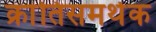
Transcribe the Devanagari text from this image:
क्रांतिसमर्थक